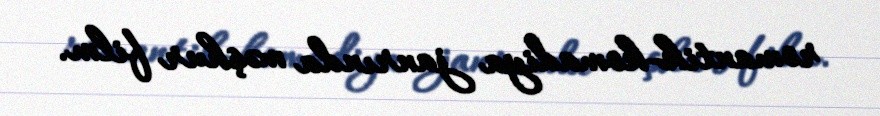
romantik-komadiya janrında məşhur film.